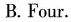
B.Four.